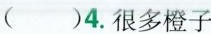
()4.很多橙子